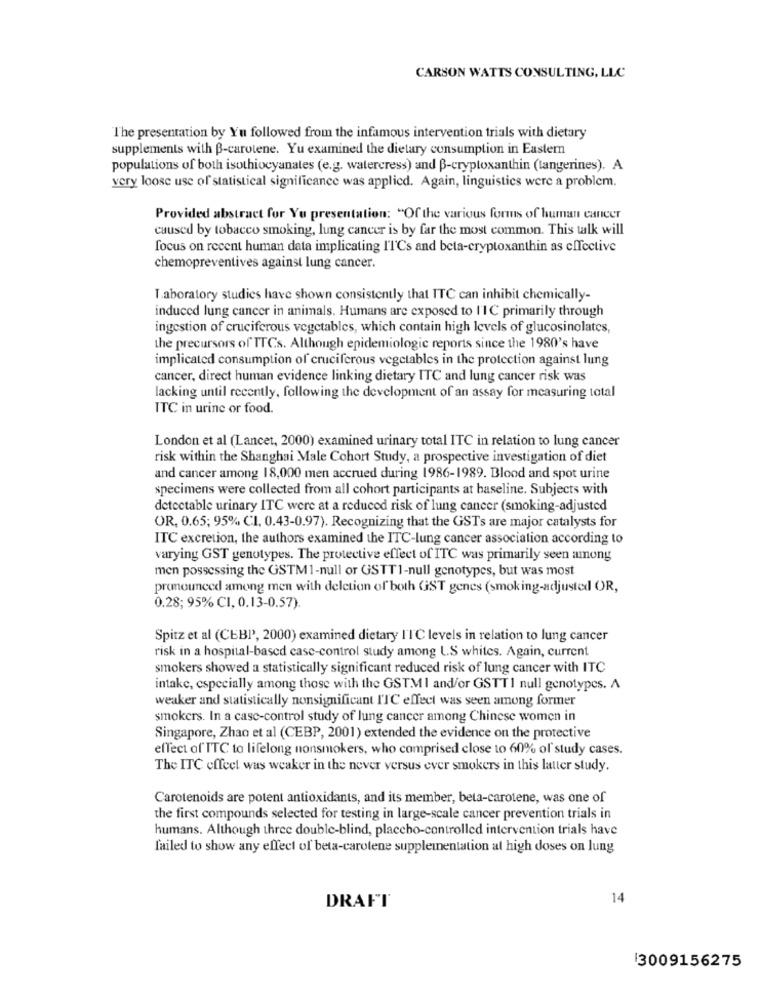
CARSON WATTS CONSULTING, LLC
The presentation by Y'u followed from the infamous intervention trials with dietary
supplements with B-carotene. Yu examined the dietary consumption in Eastern
populations of both isothiocyanales (e.g. watercress) and B-cryptoxanthin (tangerines). A
very loose use of statistical significance was applied. Again, linguistics were a problem.
Provided abstract for Yu presentation: "Of the various forms of human cancer
caused by tobacco smoking, lung cancer is by far the most common. This talk will
focus on recent human data implicating I'l'Cs and beta-cryptoxanthin as effective
chemopreventives against lung cancer.
T.aboratory studies have shown consistently that TTC can inhibit chemically-
induced lung cancer in animals. Humans are exposed to I'1C primarily through
ingestion of cruciferous vegetables, which contain high levels of glucosinolates,
the precursors of TTCs. Although epidemiologic reports since the 1980's have
implicated consumption of cruciferous vegetables in the protection against lung
cancer, direct human evidence linking dietary ITC and lung cancer risk was
lacking until recently, following the development of an assay for measuring total
ITC in urine or food.
London et al (Lancet, 2000) examined urinary total ITC in relation to lung cancer
risk within the Shanghai Male Cohort Study, a prospective investigation of diet
and cancer among 18,000 men accrued during 1986-1989. Blood and spot urine
specimens were collected from all cohort participants at baseline. Subjects with
detectable urinary ITC were at a reduced risk of lung cancer (smoking-adjusted
OR, 0.65; 95%, CI, 0.43-0.97). Recognizing that the GSTs are major catalysts for
ITC excretion, the authors examined the ITC-lung cancer association according to
varying GST genotypes. The protective effect of ITC was primarily seen among
men possessing the GSTM1-null or GSTT1-null genotypes, but was most
pronounced among men with deletion of both GST genes (smoking-adjusted OR,
0.28; 95% CI, 0.13-0.57)
Spitz et al (CEBP, 2000) examined dietary I'1C levels in relation to lung cancer
risk in a hospital-based case-control study among L.S whites. Again, current
smokers showed a statistically significant reduced risk of lung cancer with ITC
intake, especially among those with the GSTMI and/or GSTTI null genotypes. A
weaker and statistically nonsignificant I'TC effect was seen among former
smokers. In a casc-control study of lung cancer among Chinese women in
Singapore, Zhao et al (CEBP, 2001) extended the evidence on the protective
effect of' TTC to lifelong nonsmokers, who comprised close to 60% of study cases.
The ITC effect was weaker in the never versus ever smokers in this latter study.
Carotenoids are potent antioxidants, and its member, beta-carotene, was one of
the first compounds selected for testing in large-scale cancer prevention trials in
humans. Although three double-blind, placebo-controlled intervention trials have
failed to show any effect of beta-carotene supplementation at high doses on lung
14
DRAFT
13009156275